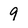
Character: 9